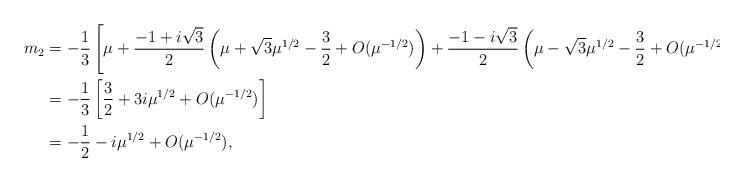
LaTeX: \begin{align*}m_2&=-\frac{1}{3}\left[\mu+\frac{-1+i\sqrt{3}}{2}\left(\mu+\sqrt{3}\mu^{1/2}-\frac{3}{2}+O(\mu^{-1/2})\right)+\frac{-1-i\sqrt{3}}{2}\left(\mu-\sqrt{3}\mu^{1/2}-\frac{3}{2}+O(\mu^{-1/2})\right)\right]\\&=-\frac{1}{3}\left[\frac{3}{2}+3i\mu^{1/2}+O(\mu^{-1/2})\right]\\&=-\frac{1}{2}-i\mu^{1/2}+O(\mu^{-1/2}),\end{align*}